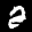
Label: 2